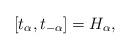
LaTeX: \begin{align*}[t_{\alpha},t_{-\alpha}]=H_{\alpha},\end{align*}